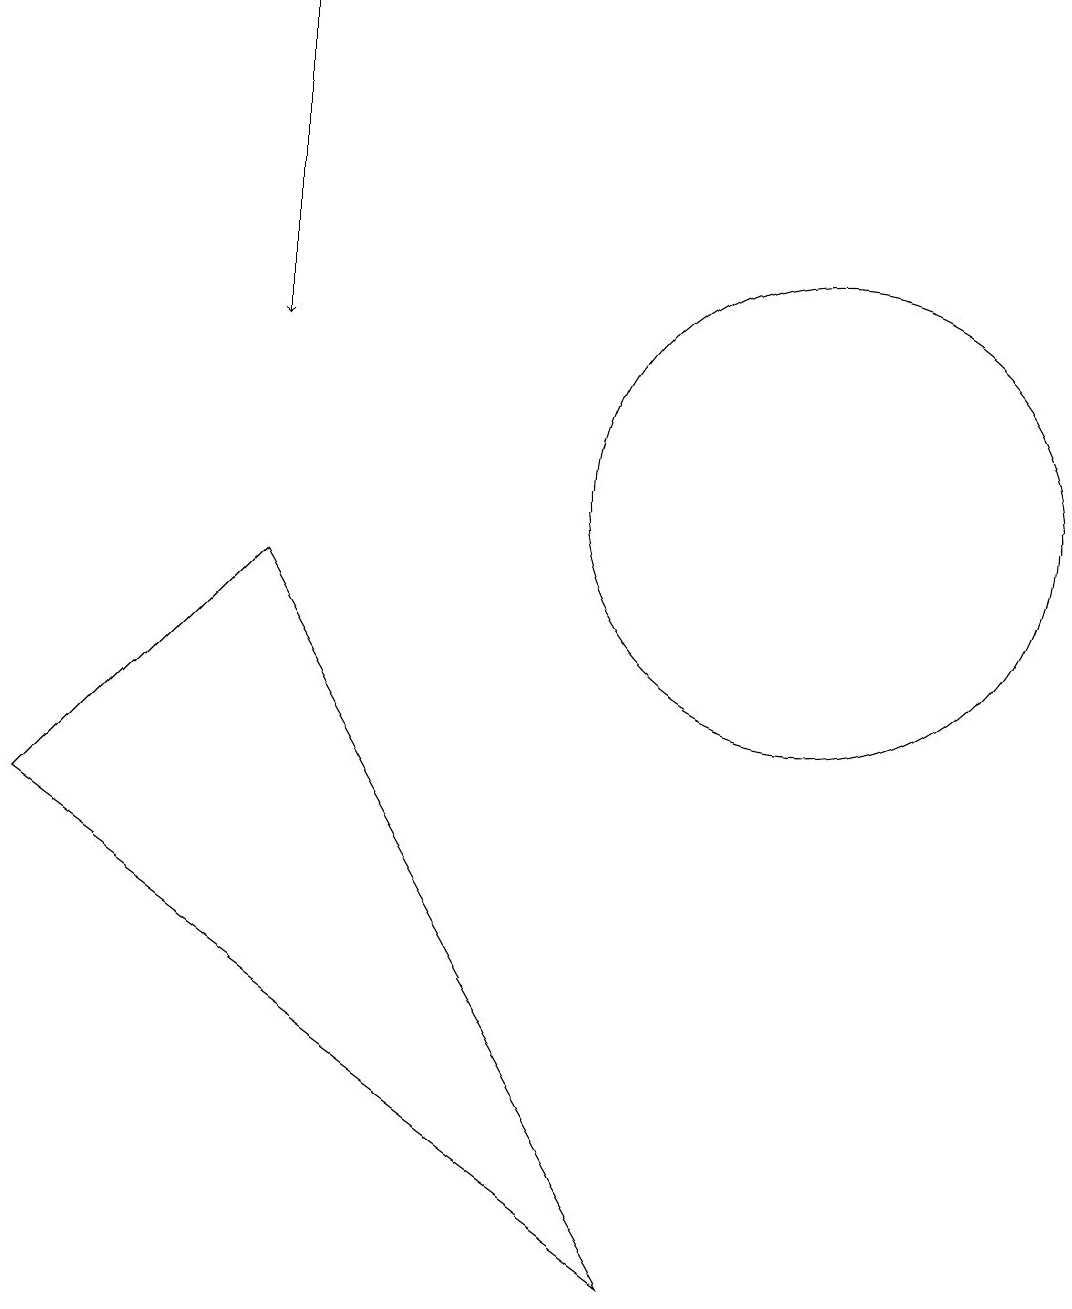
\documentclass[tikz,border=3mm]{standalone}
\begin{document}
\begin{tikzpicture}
\draw[->] (4,16) -- (4,12);
\draw (9,0) -- (1,6) -- (4,9) -- cycle;
\draw (11,10) circle (3);
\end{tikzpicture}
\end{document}